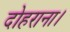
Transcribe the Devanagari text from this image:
दोहराना।